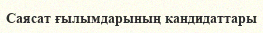
Саясат ғылымдарының кандидаттары